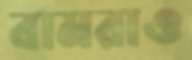
বামরাও